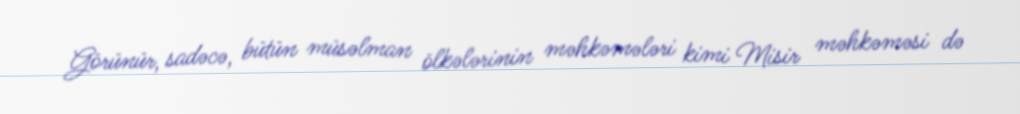
Görünür, sadəcə, bütün müsəlman ölkələrinin məhkəmələri kimi Misir məhkəməsi də